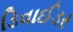
ડિવાઈડર